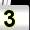
Digit: 3